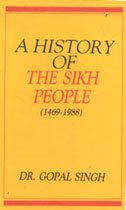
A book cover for History of the Sikh People (1469-1988); Gopal Singh; Religion & Spirituality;